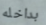
بداخله